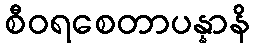
စီဝရစေတာပန္နာနိ